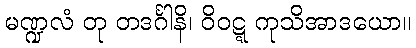
မဏ္ဍလံ တု တဒင်္ဂါနိ၊ ဝိဝဋ္ဋ ကုသိအာဒယော။